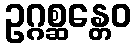
ဥဂ္ဂစ္ဆန္တေဝ